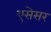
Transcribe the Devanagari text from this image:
एसेसर